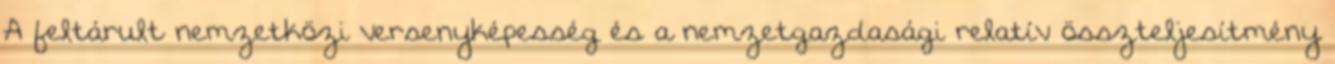
A feltárult nemzetközi versenyképesség és a nemzetgazdasági relatív összteljesítmény